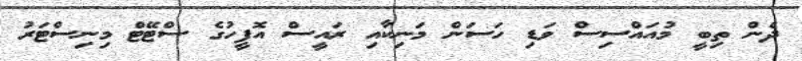
ދެން ތިބީ މުއައްސިސް ވަޑި ހަސަން މަނިކާއި ރައީސް އޮފީހުގެ ސްޓޭޓް މިނިސްޓަރު